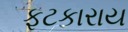
ફટકારાય